Report on vaccination in Madras 1877-1894 - 1877-1894
Year: 1877
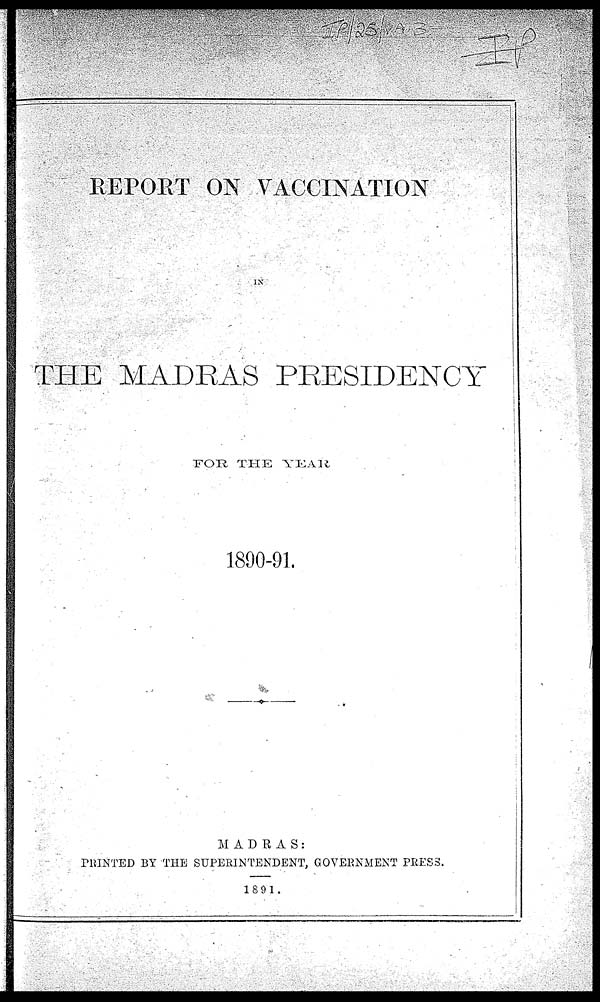
REPORT ON VACCINATION
IN
THE MADRAS PRESIDENCY
FOR THE YEAR
1890-91.
MADRAS:
PRINTED BY THE SUPERINTENDENT, GOVERNMENT PRESS.
1891.